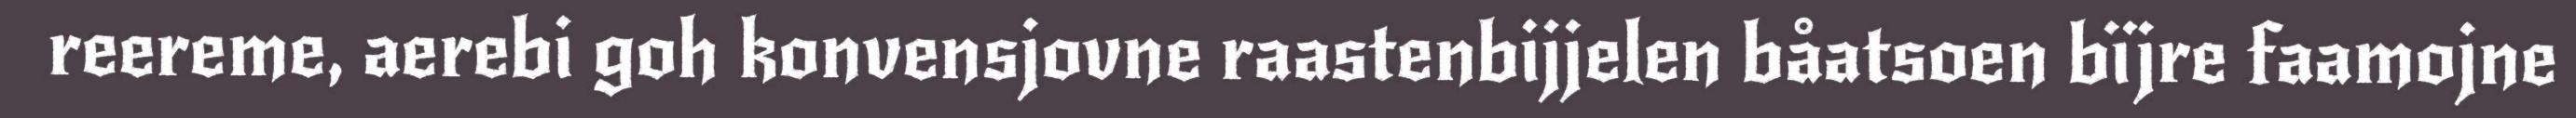
reereme, aerebi goh konvensjovne raastenbijjelen båatsoen bïjre faamojne